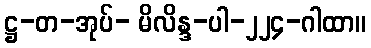
ဋ္ဌ-တ-အုပ်- မိလိန္ဒ-ပါ-၂၂၄-ဂါထာ။